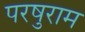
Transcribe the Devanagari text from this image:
परषुराम